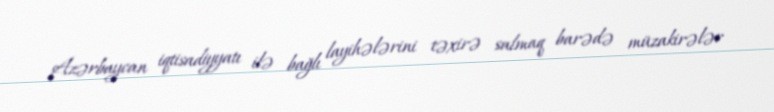
Azərbaycan iqtisadiyyatı ilə bağlı layihələrini təxirə salmaq barədə müzakirələr